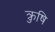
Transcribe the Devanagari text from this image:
क्रुषि